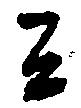
し